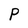
Character: P